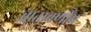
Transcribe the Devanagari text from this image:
वातावर्णीय